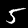
Label: 5